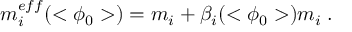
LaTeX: m _ { i } ^ { e f f } ( < \phi _ { 0 } > ) = m _ { i } + \beta _ { i } ( < \phi _ { 0 } > ) m _ { i } \; .